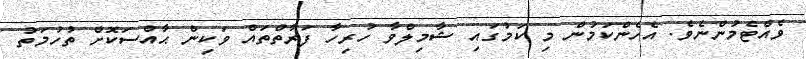
ވެއްޓެމުންނެވެ. އެހެންކަމުން މި ކަމުގައި ޝާމިލްވާ ހުރިހާ ފަރާތްތައް ވަކިން ޙާއްސަކޮށް ތުހުމަތު